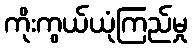
ကိုးကွယ်ယုံကြည်မှု